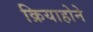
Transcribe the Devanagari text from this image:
क्रियाहोने